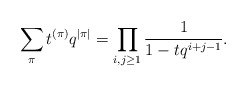
\begin{align*} \sum_\pi t^{(\pi)}q^{\vert\pi\vert}=\prod _{i,j\ge1} ^{}\frac {1} {1-tq^{i+j-1}}. \end{align*}